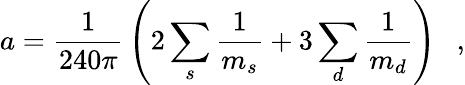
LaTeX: a={\frac{1}{240\pi}}\left(2\sum_{s}{\frac{1}{m_{s}}}+3\sum_{d}{\frac{1}{m_{d}}}\right)~~~,